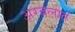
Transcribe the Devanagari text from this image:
अरबलात